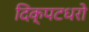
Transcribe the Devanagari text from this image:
दिक्पटधरो